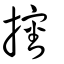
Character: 𢸙